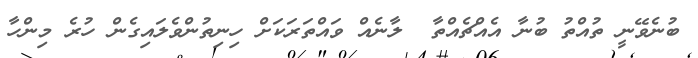
ބުނެވޭނީ ތުއްތު ބުނާ އެއްޗެެއްތާ  ލާނެެއް ވައްތަރަކަށް ހިނިތުންވެލައިގެން ހުރެ މިންހާ